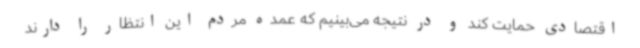
اقتصادی حمایت کند و در نتیجه می‌بینیم که عمده مردم این انتظار را دارند